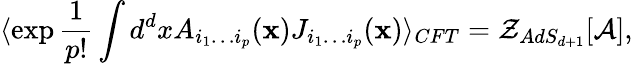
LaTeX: \langle\exp{\frac{1}{p!}}\int d^{d}xA_{i_{1}\ldots i_{p}}({\mathbf x})J_{i_{1}\ldots i_{p}}({\mathbf x})\rangle_{CFT}={\cal Z}_{AdS_{d+1}}[{\cal A}],